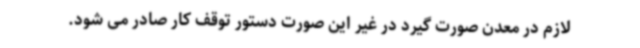
لازم در معدن صورت گیرد در غیر این صورت دستور توقف کار صادر می شود.